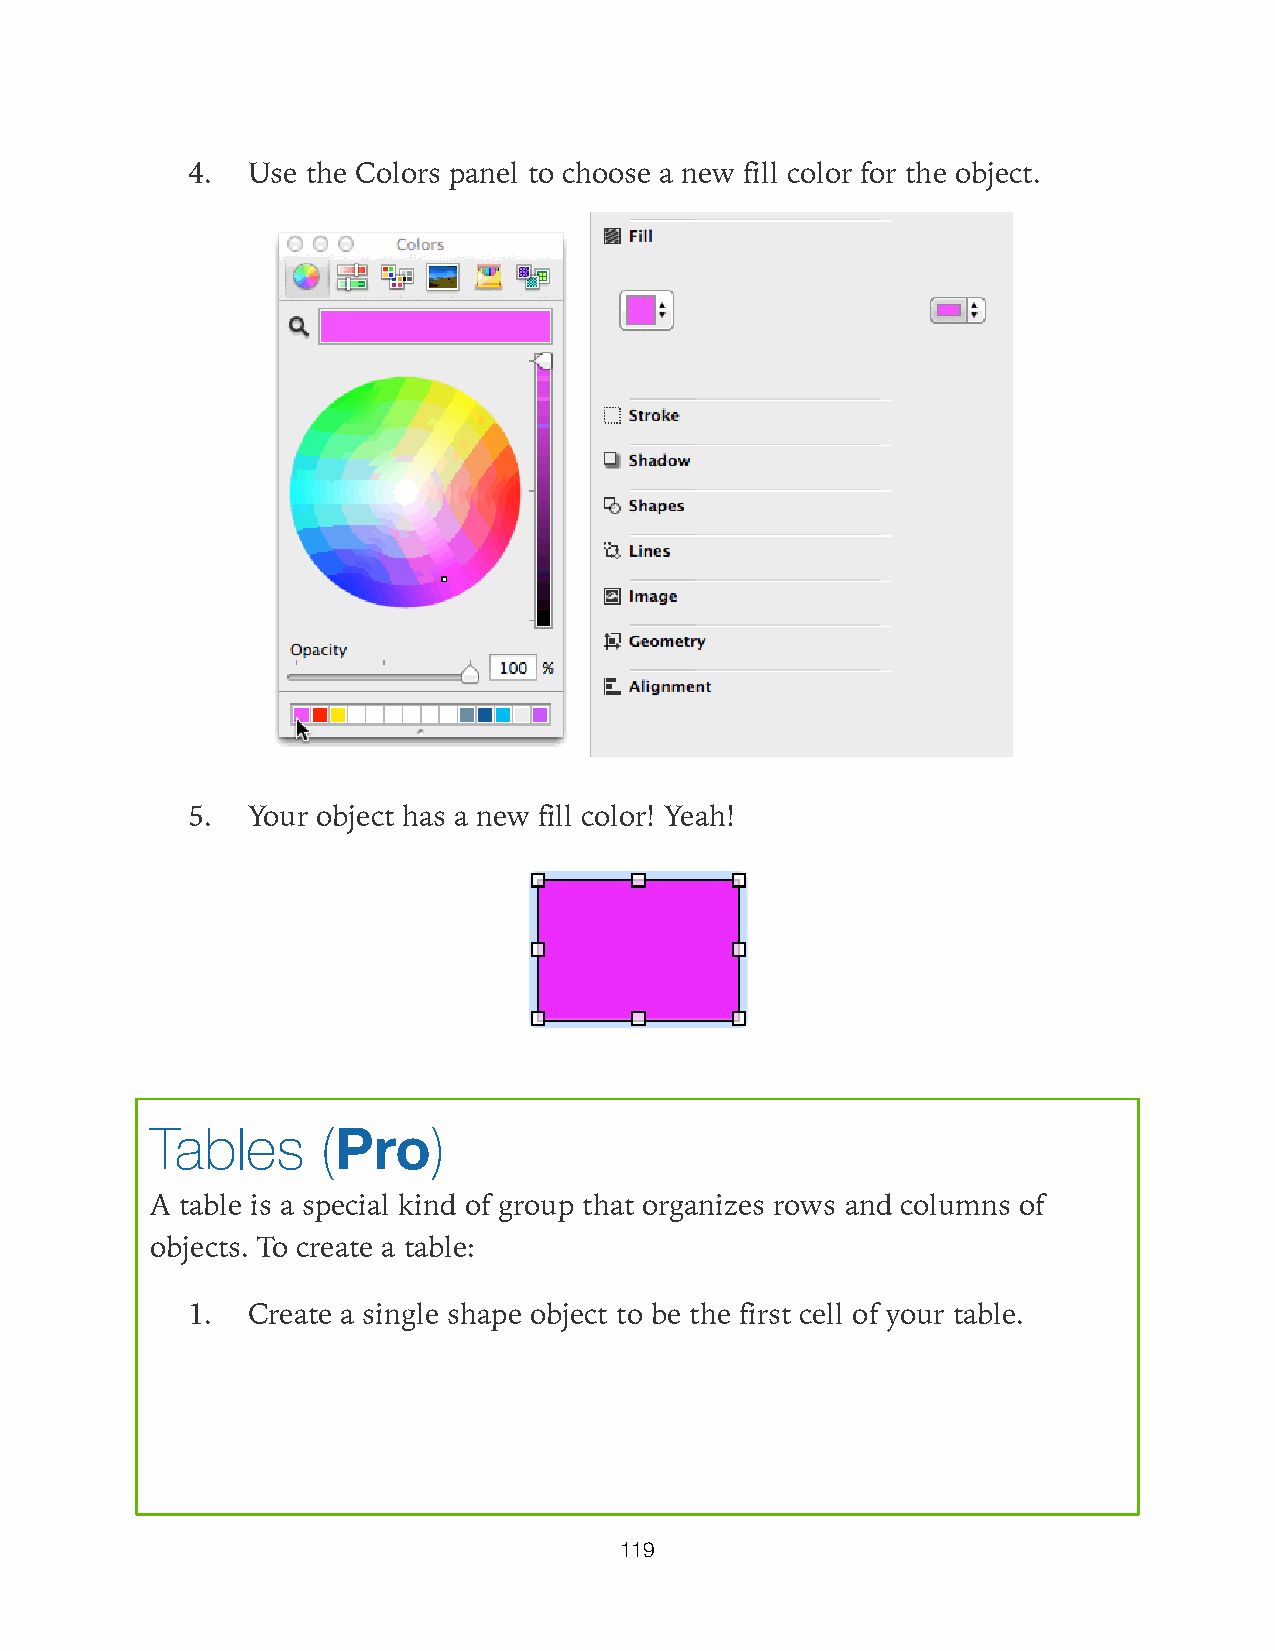
4.  Use the Colors panel to choose a new fill color for the object.
 5.  Your object has a new fill color! Yeah!
 Tables     (Pro)
 A table is a special kind of group that organizes rows and columns of
 objects. To create a table:
 1.  Create a single shape object to be the first cell of your table.
 119